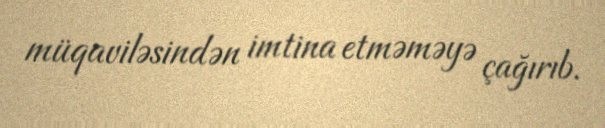
müqaviləsindən imtina etməməyə çağırıb.